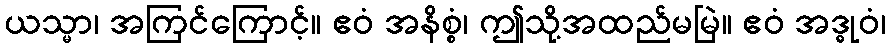
ယသ္မာ၊ အကြင်ကြောင့်။ ဧဝံ အနိစ္စံ၊ ဤသို့အထည်မမြဲ။ ဧဝံ အဒ္ဓုဝံ၊